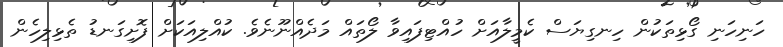
ހަނިހަނި ގޯޅިތަކުން ހިނގިޔަސް ކެމީލާއަށް ހުއްޓިފައިވާ ލޯތައް މަދެއްނޫނެވެ. ކުއްލިއަކަށް ފޮށިގަނޑު ތެޅިލިހެން